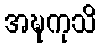
အဍ္ဎကုသိ